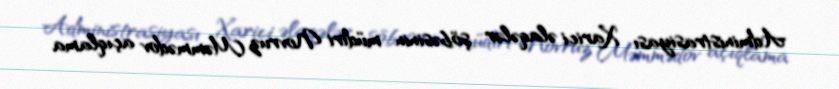
Administrasiyası Xarici əlaqələr şöbəsinin müdiri Novruz Məmmədov açıqlama